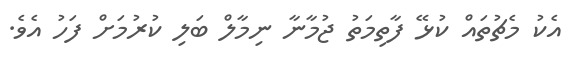
އެކު މެޗުތައް ކުޅޭ ފާތިމަތު ޖުމާނާ ނިމާލް ބަލި ކުރުމަށް ފަހު އެވެ.